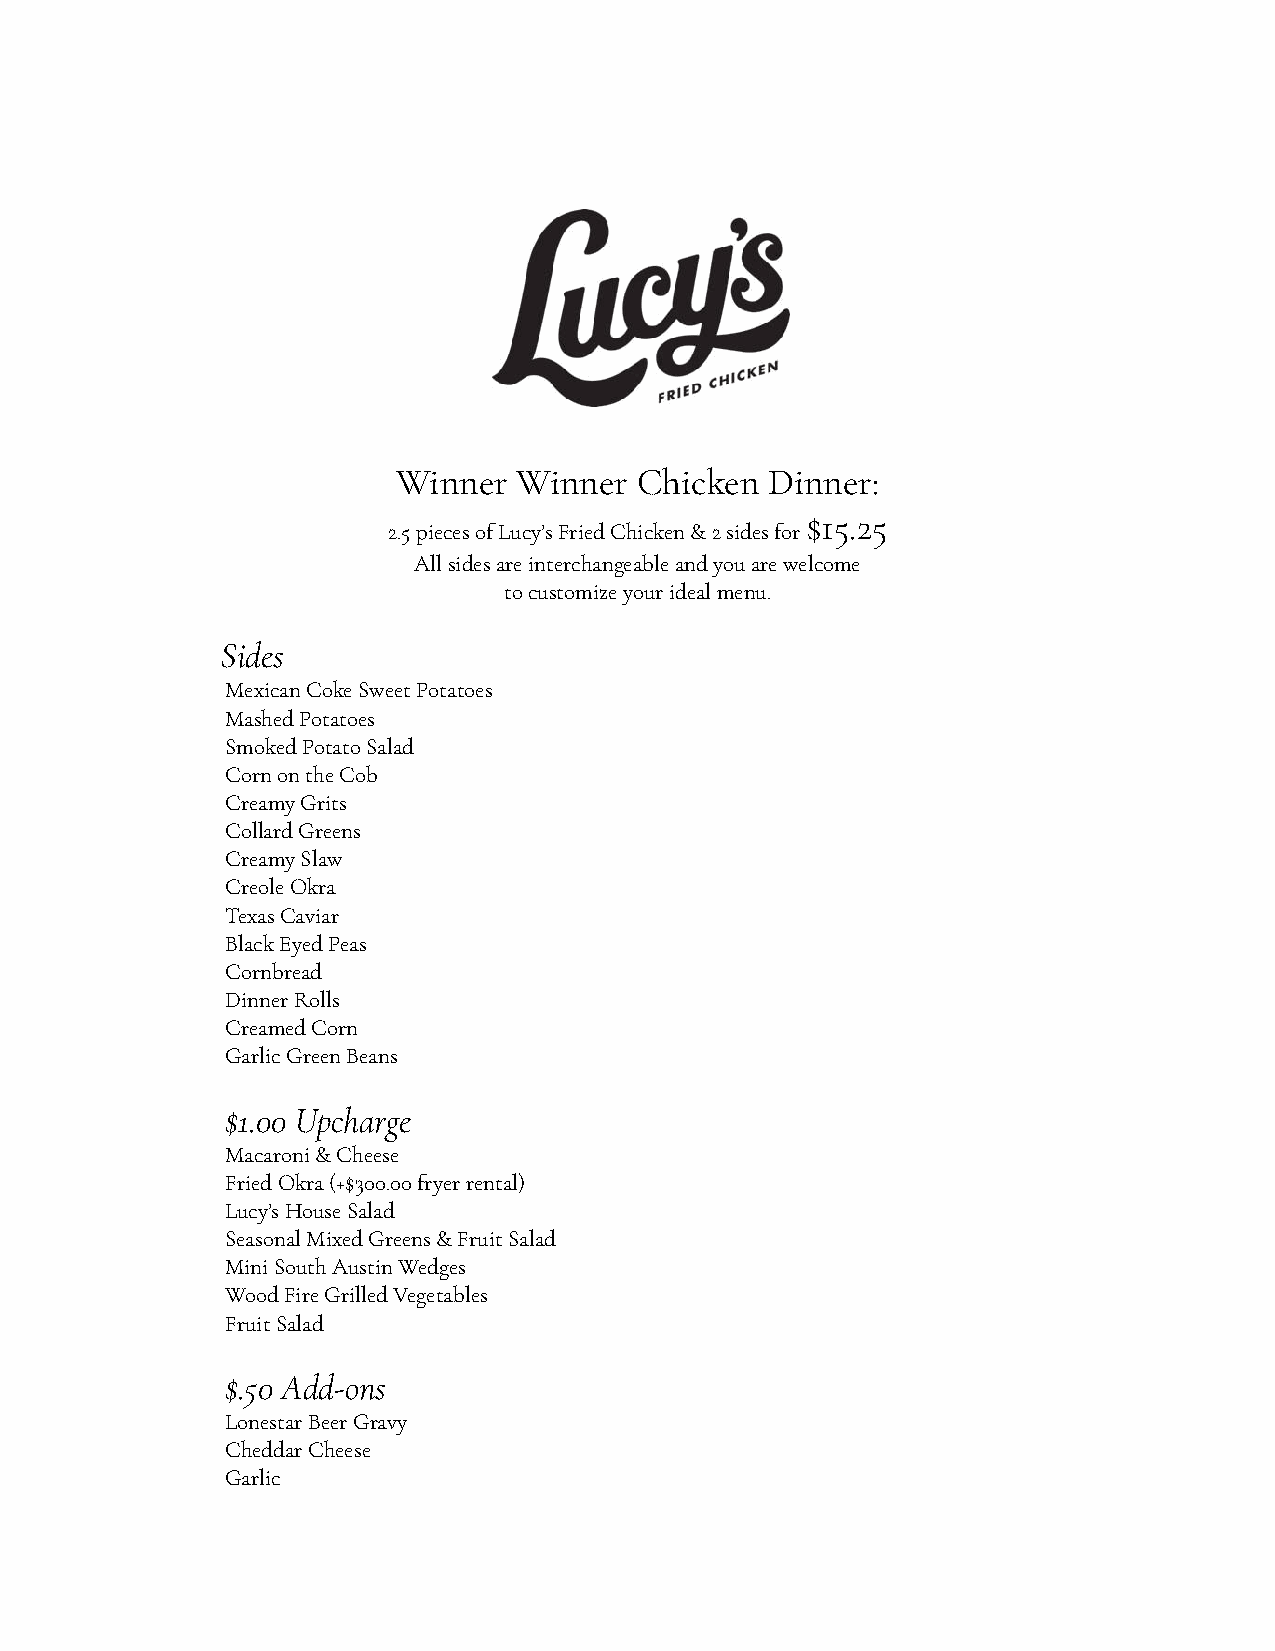
Winner  Winner  Chicken  Dinner:
 $15.25
 2.5 pieces of Lucy’s Fried Chicken & 2 sides for
 All sides are interchangeable and you are welcome
 to customize your ideal menu.
 Sides
 Mexican Coke Sweet Potatoes
 Mashed Potatoes
 Smoked Potato Salad
 Corn on the Cob
 Creamy Grits
 Collard Greens
 Creamy Slaw
 Creole Okra
 Texas Caviar
 Black Eyed Peas
 Cornbread
 Dinner Rolls
 Creamed Corn
 Garlic Green Beans
 $1.00 Upcharge
 Macaroni & Cheese
 Fried Okra (+$300.00 fryer rental)
 Lucy’s House Salad
 Seasonal Mixed Greens & Fruit Salad
 Mini South Austin Wedges
 Wood Fire Grilled Vegetables
 Fruit Salad
 $.50 Add-ons
 Lonestar Beer Gravy
 Cheddar Cheese
 Garlic